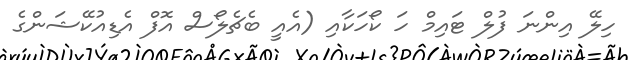
ހިލޭ އިންނަ ފުލް ޓައިމް ހަ ކޯހަކާއި (އެއީ ބެޗެލޯސް އޮފް އެޑިއުކޭޝަންގެ